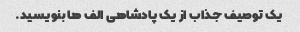
یک توصیف جذاب از یک پادشاهی الف ها بنویسید.